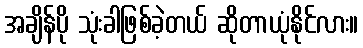
အချိန်ပို သုံးခါဖြစ်ခဲ့တယ် ဆိုတာယုံနိုင်လား။